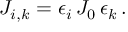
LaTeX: J _ { i , k } = \epsilon _ { i } \, J _ { 0 } \, \epsilon _ { k } \, .